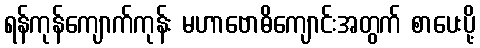
ရန်ကုန်ကျောက်ကုန်း မဟာဗောဓိကျောင်းအတွက် စာပေးပို့